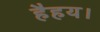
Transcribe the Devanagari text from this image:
हैहय।